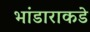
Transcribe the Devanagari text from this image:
भांडाराकडे